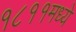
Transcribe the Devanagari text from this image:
१८११मध्ये